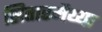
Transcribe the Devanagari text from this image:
सितारमैय्या